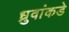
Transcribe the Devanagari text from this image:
ध्रुवांकडे